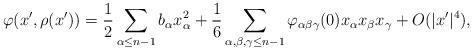
LaTeX: \begin{align*}\varphi (x', \rho (x')) = \frac{1}{2} \sum_{\alpha \leq n-1} b_\alpha x_\alpha^2 + \frac{1}{6} \sum_{\alpha, \beta, \gamma \leq n-1} \varphi_{\alpha \beta \gamma} (0) x_\alpha x_\beta x_\gamma + O (|x'|^4),\end{align*}